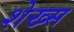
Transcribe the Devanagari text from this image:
शेख्स